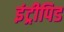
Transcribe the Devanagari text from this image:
इंट्रीपिड